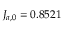
J _ { a , 0 } = 0 . 8 5 2 1